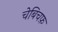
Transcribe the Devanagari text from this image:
चेबिचफ़